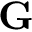
\mathbf { G }